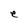
Character: e